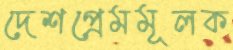
দেশপ্রেমমূলক